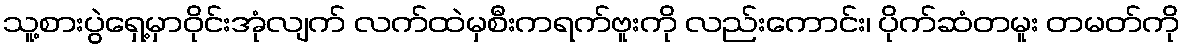
သူ့စားပွဲရှေ့မှာဝိုင်းအုံလျက် လက်ထဲမှစီးကရက်ဗူးကို လည်းကောင်း၊ ပိုက်ဆံတမူး တမတ်ကို